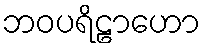
ဘဝပရိဠာဟော